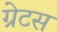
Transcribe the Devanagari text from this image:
ग्रेटस